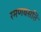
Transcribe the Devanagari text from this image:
रमणवसतिं